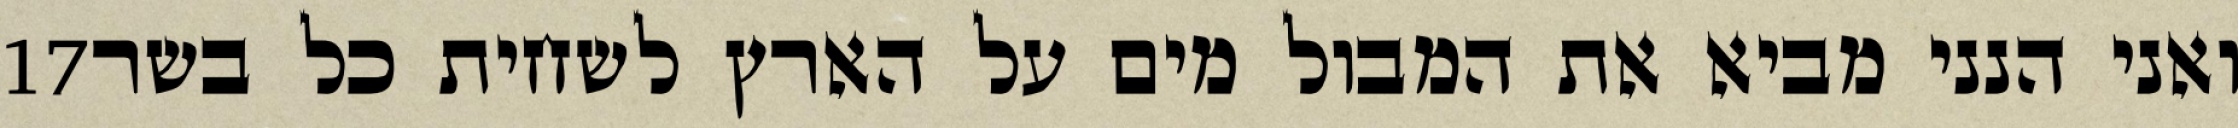
‎17‏ ואני הנני מביא את המבול מים על הארץ לשחית כל בשר